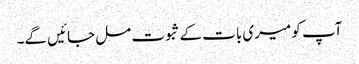
آپ کو میری بات کے ثبوت مل جائیں گے۔